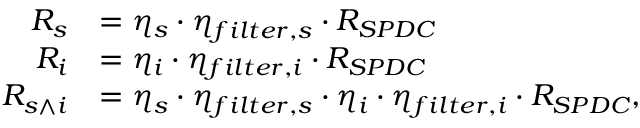
\begin{array} { r l } { R _ { s } } & { = \eta _ { s } \cdot \eta _ { f i l t e r , s } \cdot R _ { S P D C } } \\ { R _ { i } } & { = \eta _ { i } \cdot \eta _ { f i l t e r , i } \cdot R _ { S P D C } } \\ { R _ { s \wedge i } } & { = \eta _ { s } \cdot \eta _ { f i l t e r , s } \cdot \eta _ { i } \cdot \eta _ { f i l t e r , i } \cdot R _ { S P D C } , } \end{array}